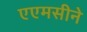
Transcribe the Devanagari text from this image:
एएमसीने